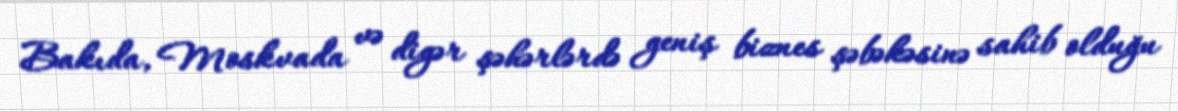
Bakıda, Moskvada və digər şəhərlərdə geniş biznes şəbəkəsinə sahib olduğu